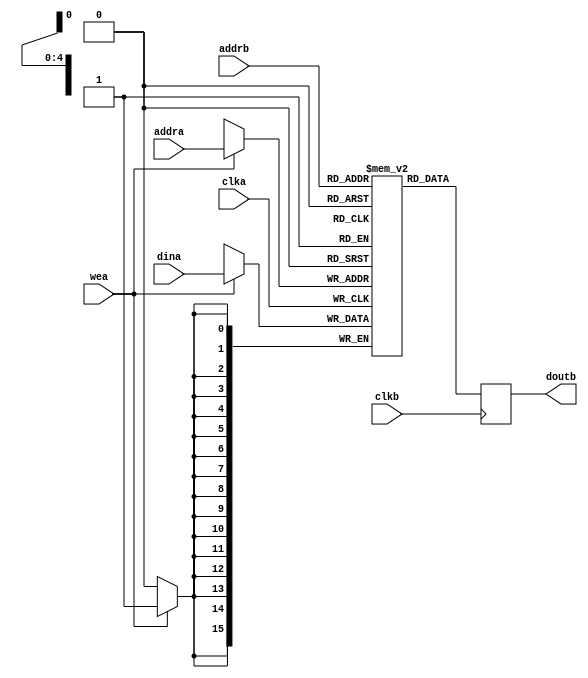
// ***************************************************************************
// ***************************************************************************
// Copyright 2011(c) Analog Devices, Inc.
// 
// All rights reserved.
// 
// Redistribution and use in source and binary forms, with or without modification,
// are permitted provided that the following conditions are met:
//     - Redistributions of source code must retain the above copyright
//       notice, this list of conditions and the following disclaimer.
//     - Redistributions in binary form must reproduce the above copyright
//       notice, this list of conditions and the following disclaimer in
//       the documentation and/or other materials provided with the
//       distribution.
//     - Neither the name of Analog Devices, Inc. nor the names of its
//       contributors may be used to endorse or promote products derived
//       from this software without specific prior written permission.
//     - The use of this software may or may not infringe the patent rights
//       of one or more patent holders.  This license does not release you
//       from the requirement that you obtain separate licenses from these
//       patent holders to use this software.
//     - Use of the software either in source or binary form, must be run
//       on or directly connected to an Analog Devices Inc. component.
//    
// THIS SOFTWARE IS PROVIDED BY ANALOG DEVICES "AS IS" AND ANY EXPRESS OR IMPLIED WARRANTIES,
// INCLUDING, BUT NOT LIMITED TO, NON-INFRINGEMENT, MERCHANTABILITY AND FITNESS FOR A
// PARTICULAR PURPOSE ARE DISCLAIMED.
//
// IN NO EVENT SHALL ANALOG DEVICES BE LIABLE FOR ANY DIRECT, INDIRECT, INCIDENTAL, SPECIAL,
// EXEMPLARY, OR CONSEQUENTIAL DAMAGES (INCLUDING, BUT NOT LIMITED TO, INTELLECTUAL PROPERTY
// RIGHTS, PROCUREMENT OF SUBSTITUTE GOODS OR SERVICES; LOSS OF USE, DATA, OR PROFITS; OR 
// BUSINESS INTERRUPTION) HOWEVER CAUSED AND ON ANY THEORY OF LIABILITY, WHETHER IN CONTRACT,
// STRICT LIABILITY, OR TORT (INCLUDING NEGLIGENCE OR OTHERWISE) ARISING IN ANY WAY OUT OF 
// THE USE OF THIS SOFTWARE, EVEN IF ADVISED OF THE POSSIBILITY OF SUCH DAMAGE.
// ***************************************************************************
// ***************************************************************************
// ***************************************************************************
// ***************************************************************************

`timescale 1ns/100ps

module cf_mem (

  clka,
  wea,
  addra,
  dina,
  clkb,
  addrb,
  doutb);

  parameter DW = 16;
  parameter AW =  5;

  input             clka;
  input             wea;
  input   [AW-1:0]  addra;
  input   [DW-1:0]  dina;

  input             clkb;
  input   [AW-1:0]  addrb;
  output  [DW-1:0]  doutb;

  reg     [DW-1:0]  m_ram[0:((2**AW)-1)];
  reg     [DW-1:0]  doutb;

  always @(posedge clka) begin
    if (wea == 1'b1) begin
      m_ram[addra] <= dina;
    end
  end

  always @(posedge clkb) begin
    doutb <= m_ram[addrb];
  end

endmodule

// ***************************************************************************
// ***************************************************************************